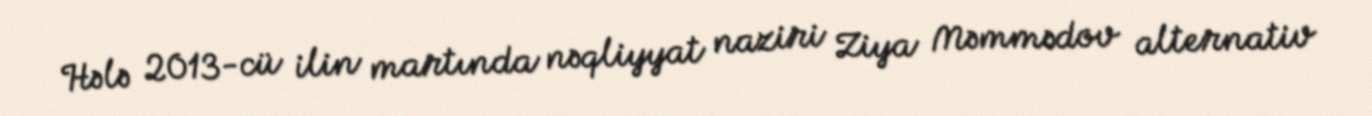
Hələ 2013-cü ilin martında nəqliyyat naziri Ziya Məmmədov alternativ